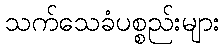
သက်သေခံပစ္စည်းများ